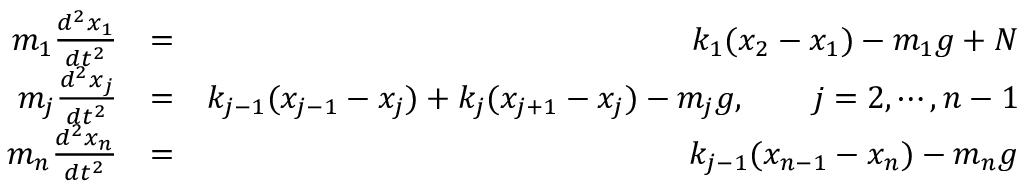
\begin{array} { r l r } { m _ { 1 } \frac { d ^ { 2 } x _ { 1 } } { d t ^ { 2 } } } & { = } & { k _ { 1 } ( x _ { 2 } - x _ { 1 } ) - m _ { 1 } g + N } \\ { m _ { j } \frac { d ^ { 2 } x _ { j } } { d t ^ { 2 } } } & { = } & { k _ { j - 1 } ( x _ { j - 1 } - x _ { j } ) + k _ { j } ( x _ { j + 1 } - x _ { j } ) - m _ { j } g , \qquad j = 2 , \cdots , n - 1 } \\ { m _ { n } \frac { d ^ { 2 } x _ { n } } { d t ^ { 2 } } } & { = } & { k _ { j - 1 } ( x _ { n - 1 } - x _ { n } ) - m _ { n } g } \end{array}